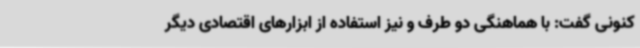
کنونی گفت: با هماهنگی دو طرف و نیز استفاده از ابزارهای اقتصادی دیگر